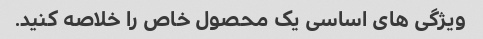
ویژگی های اساسی یک محصول خاص را خلاصه کنید.